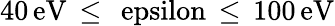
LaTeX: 40\, \mathrm{{eV}\, \leq\, \ epsilon\, \leq\, 100\, \mathrm{{eV}}}